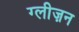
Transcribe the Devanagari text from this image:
ग्लीज़न